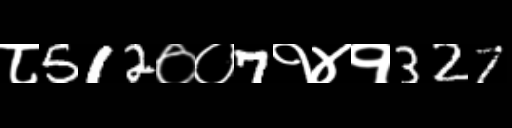
Text: ८512००7१४१327